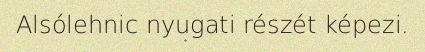
Alsólehnic nyugati részét képezi.